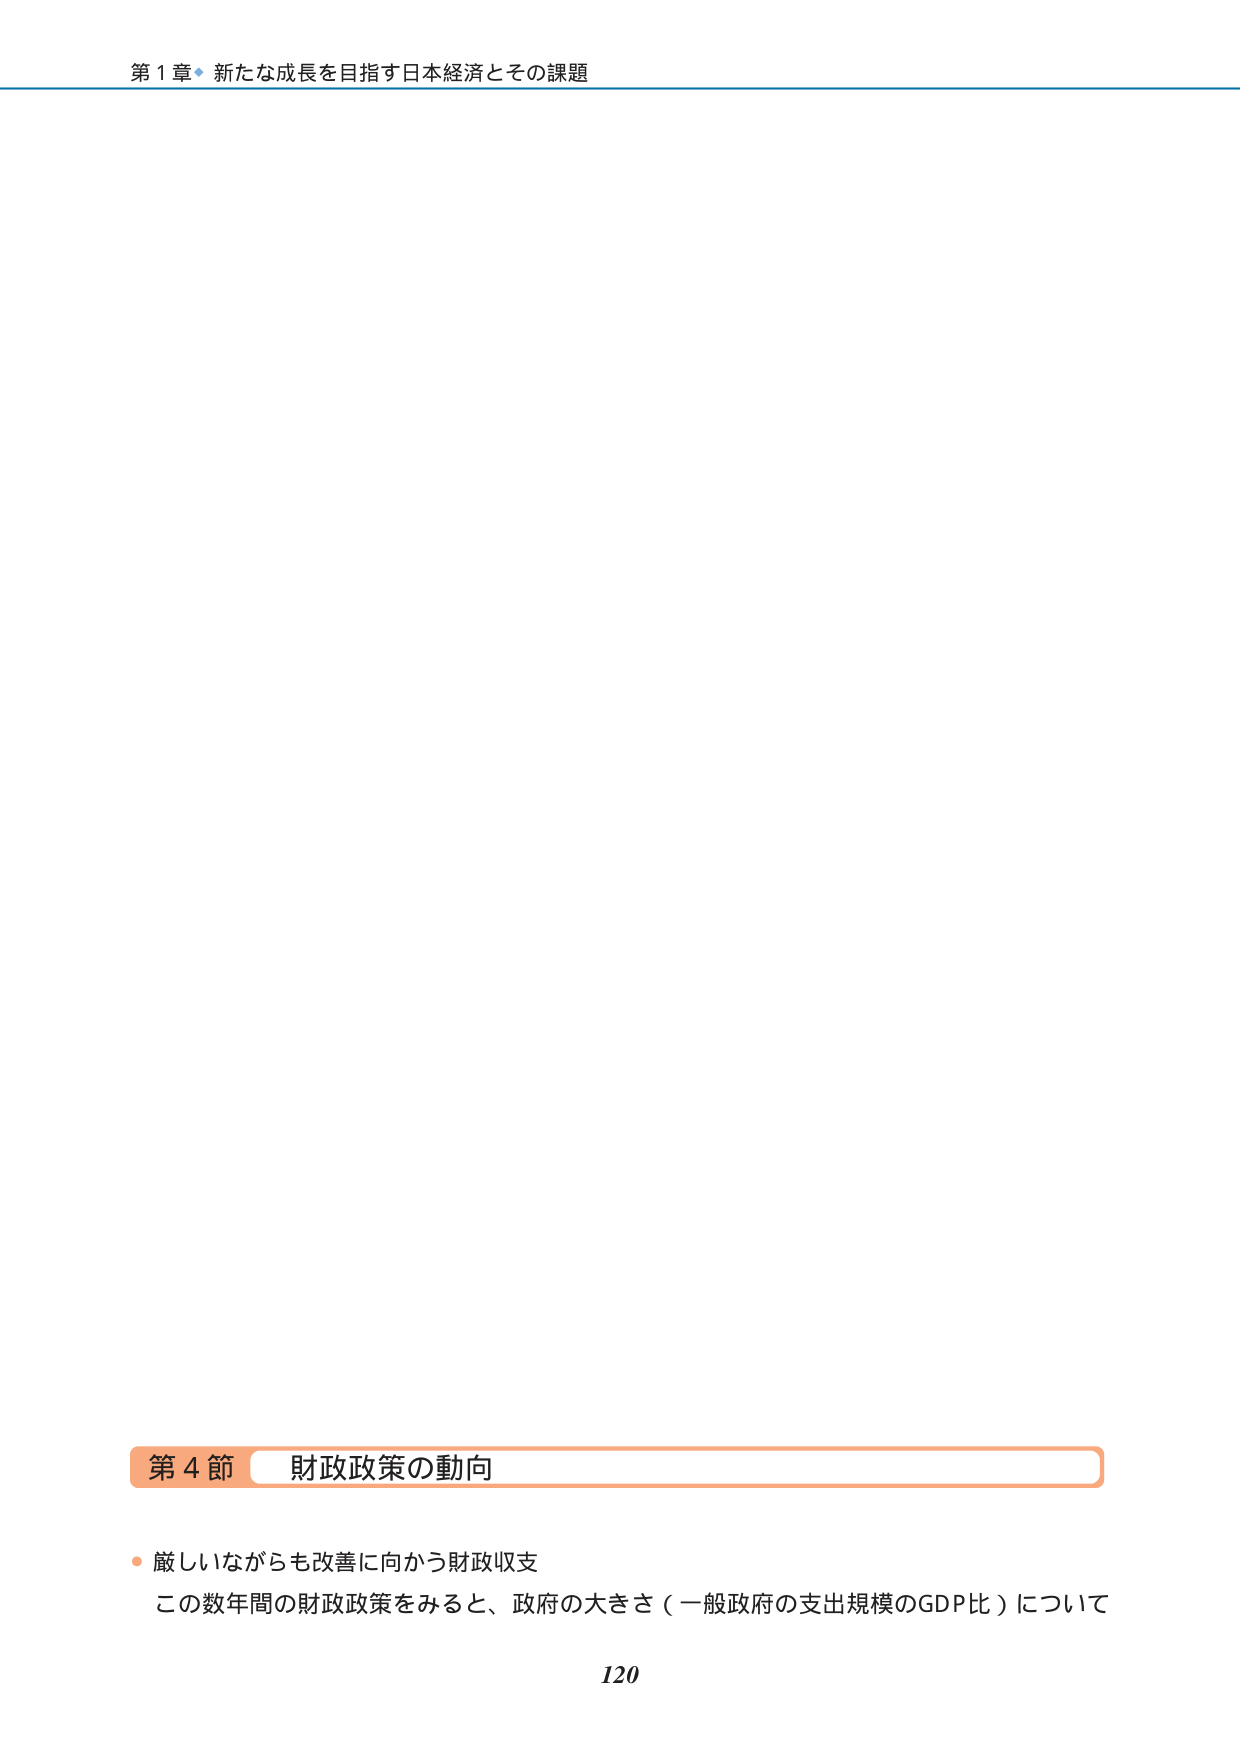
第１章 新たな成長を目指す日本経済とその課題

第４節 財政政策の動向

・厳しいながらも改善に向かう財政収支
この数年間の財政政策をみると、政府の大きさ（一般政府の支出規模のGDP比）について

120